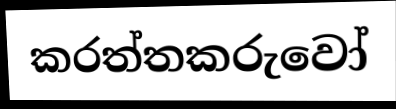
කරත්තකරුවෝ